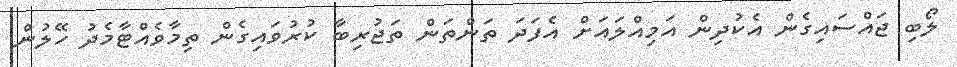
ލޯބި ޖައްސައިގެން އެކުދިން އަމިއްލައަށް އެފަދަ ތަންތަން ތަޖުރިބާ ކުރުވައިގެން ތިމާވެއްޓާމެދު ހޭލުން